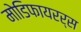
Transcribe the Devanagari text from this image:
मोडिफायरर्स